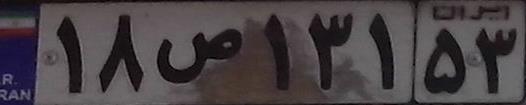
۱۸ص۱۳۱۵۳